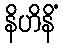
နိဟိနိံ